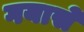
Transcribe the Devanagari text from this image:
गयासे